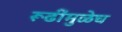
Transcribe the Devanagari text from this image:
रूढींमुळेच